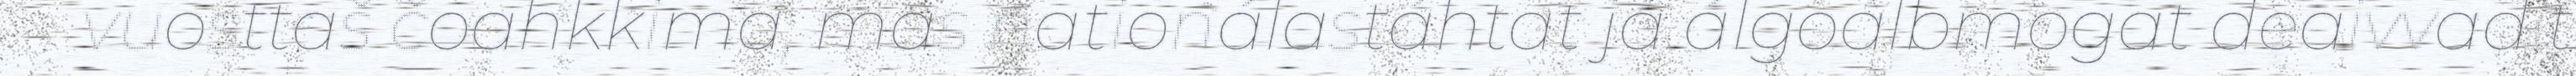
vuosttaš čoahkkima, mas nationálastáhtat ja álgoálbmogat deaivvadit